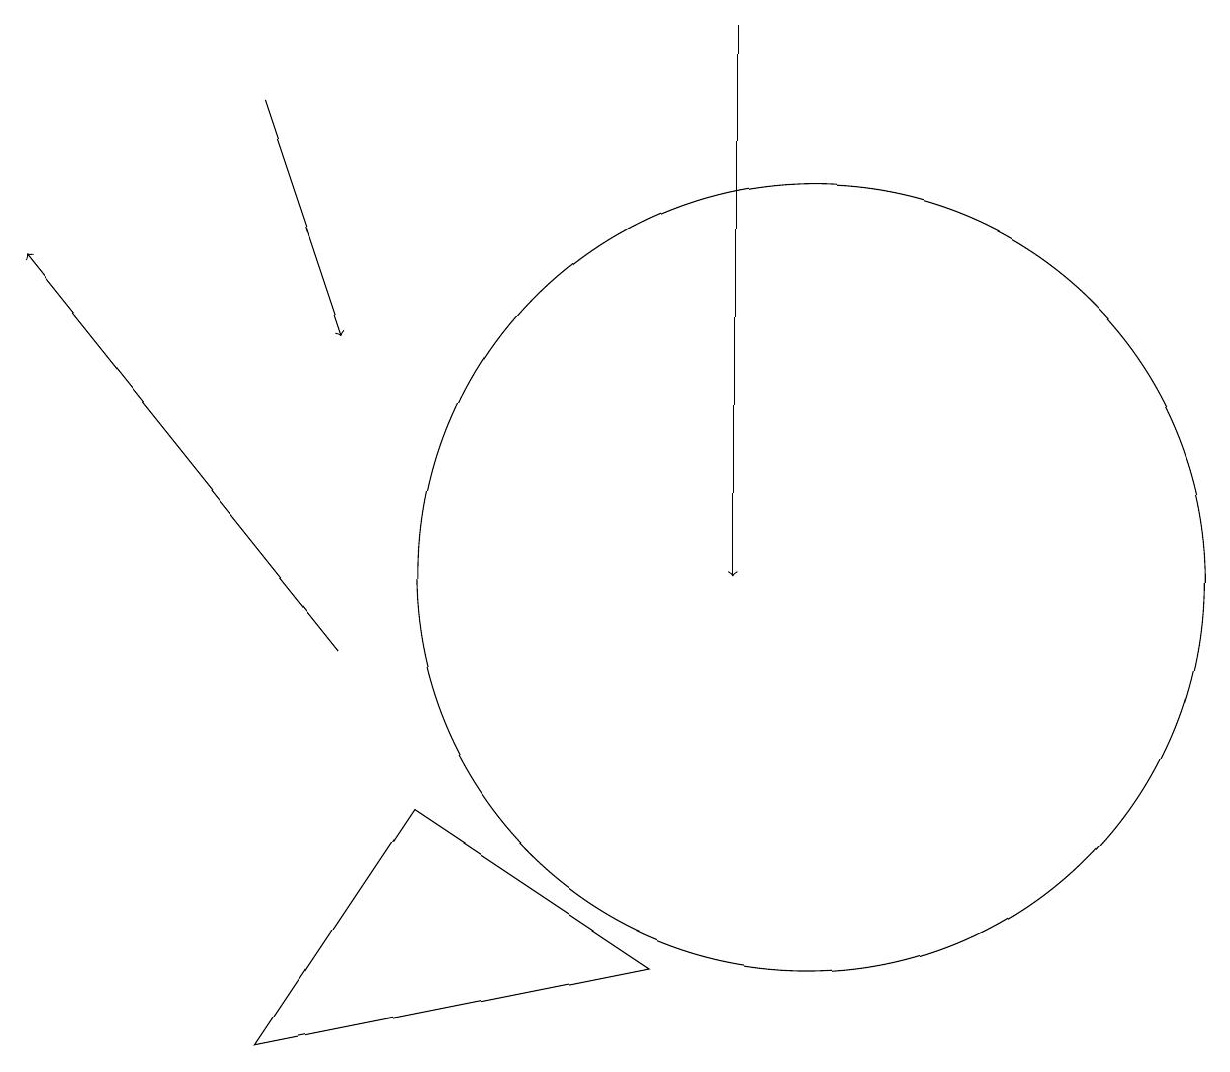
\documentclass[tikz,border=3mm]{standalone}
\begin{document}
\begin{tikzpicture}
\draw[->] (3,17) -- (4,14);
\draw[->] (4,10) -- (0,15);
\draw[->] (9,18) -- (9,11);
\draw (10,11) circle (5);
\draw (5,8) -- (3,5) -- (8,6) -- cycle;
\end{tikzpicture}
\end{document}